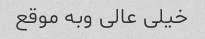
خیلی عالی وبه موقع